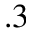
. 3